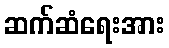
ဆက်ဆံရေးအား